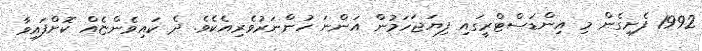
1992 ފެށިގެން މި އިންޑަސްޓްރީގައި ފިޔަޖަހަމުން އަންނަ ހުންނަރުވެރިއެކެވެ. ދެ ކައިވެންޏެއް ކޮށްފައިވާ